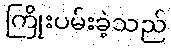
ကြိုးပမ်းခဲ့သည်